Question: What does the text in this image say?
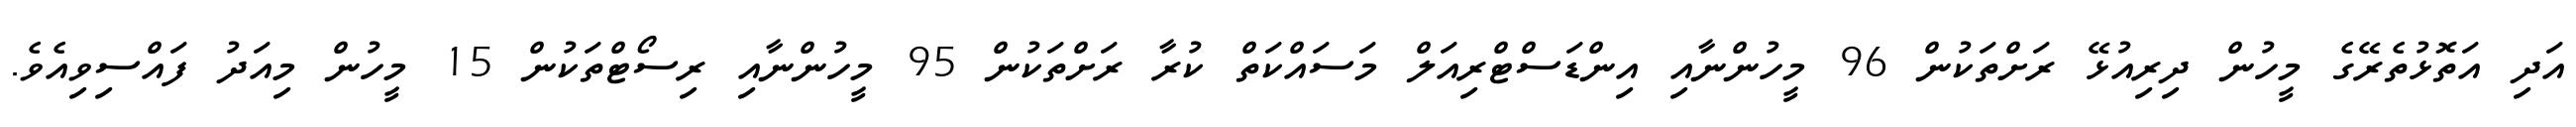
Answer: އަދި އަތޮޅުތެރޭގެ މީހުން ދިރިއުޅޭ ރަށްތަކުން 96 މީހުންނާއި އިންޑަސްޓްރިއަލް މަސައްކަތް ކުރާ ރަށްތަކުން 95 މީހުންނާއި ރިސޯޓްތަކުން 15 މީހުން މިއަދު ފައްސިވިއެވެ.